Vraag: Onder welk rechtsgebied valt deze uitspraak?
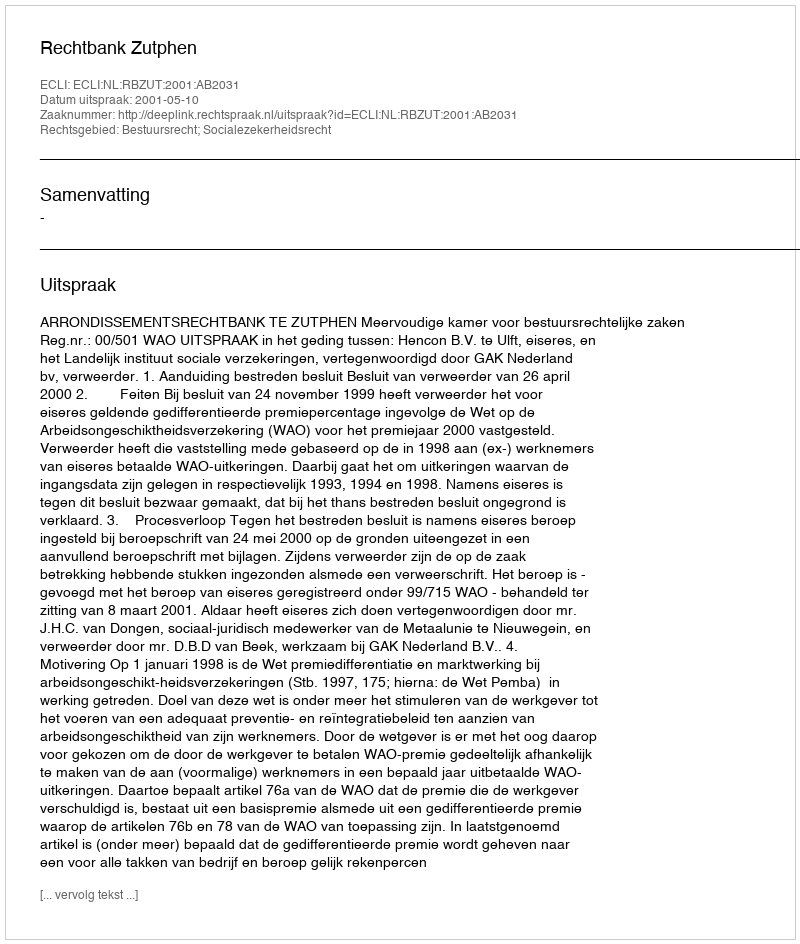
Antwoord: Bestuursrecht; Socialezekerheidsrecht